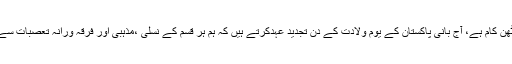
تعمیر پاکستان بلاشبہ ایک مشکل مرحلہ تھا مگر تکمیل پاکستان اس سے بھی کٹھن کام ہے، آج بانی پاکستان کے یوم ولادت کے دن تجدید عہدکرتے ہیں کہ ہم ہر قسم کے نسلی ،مذہبی اور فرقہ ورانہ تعصبات سے بالاتر ہو کرصرف اورصرف ملک کی تعمیر و ترقی میں کردار ادا کریں گے۔